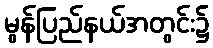
မွန်ပြည်နယ်အတွင်း၌